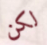
لكن